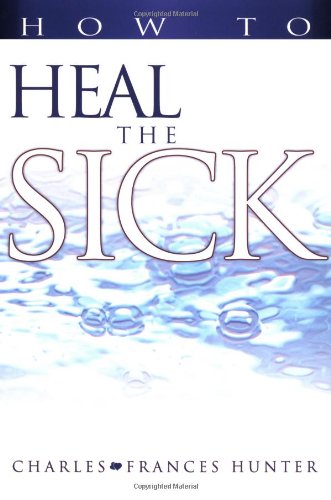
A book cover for How To Heal The Sick; Charles And F Hunter; Christian Books & Bibles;